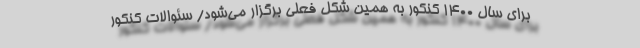
برای سال 1400 کنکور به همین شکل فعلی برگزار می‌شود/ سئوالات کنکور